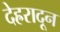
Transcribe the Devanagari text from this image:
देह्ररादून